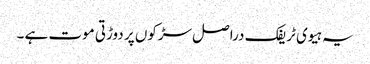
یہ ہیوی ٹریفک دراصل سڑکوں پر دوڑتی موت ہے ۔